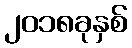
၂၀၁၈ခုနှစ်